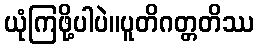
ယုံကြဖို့ပါပဲ။ပူတိဂတ္တတိဿ